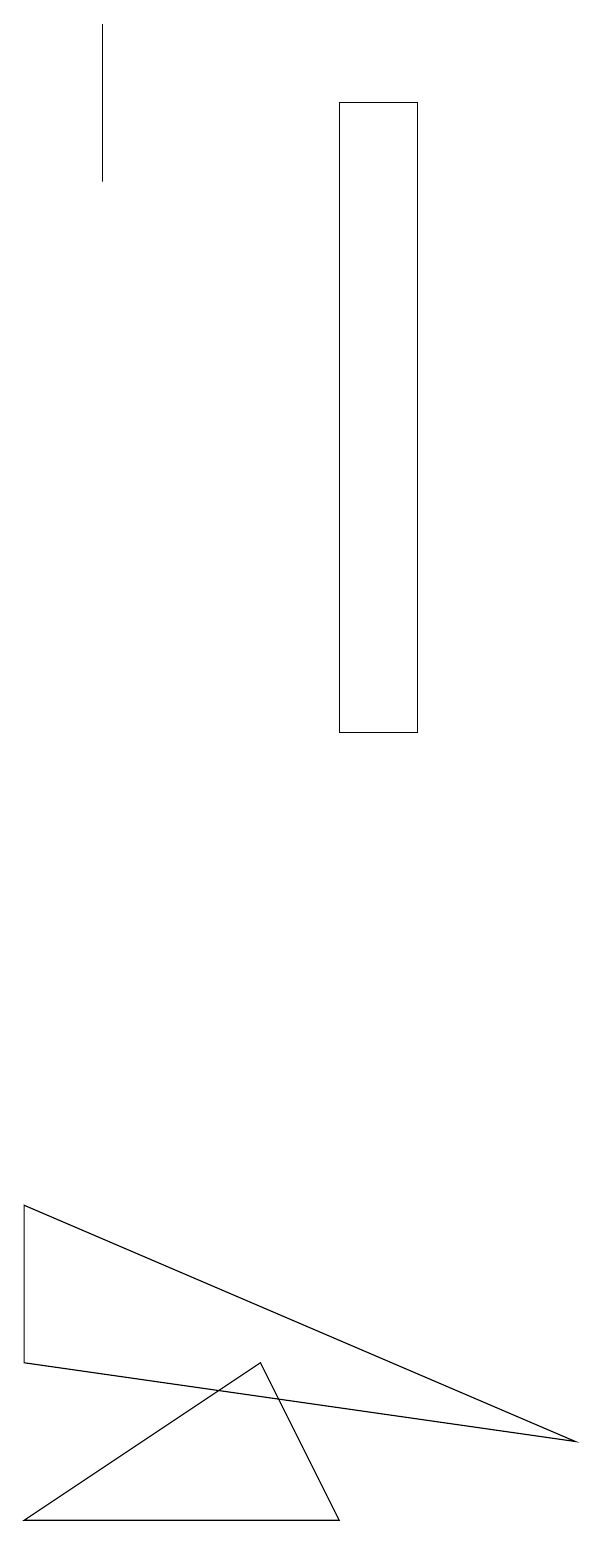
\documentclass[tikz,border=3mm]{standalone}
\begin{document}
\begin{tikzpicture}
\draw (5,10) rectangle (6,18);
\draw (1,0) -- (4,2) -- (5,0) -- cycle;
\draw (8,1) -- (1,4) -- (1,2) -- cycle;
\draw (2,17) rectangle (2,19);
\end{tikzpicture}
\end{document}